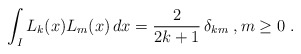
\begin{align*}\int_I L_k({x}) L_m({x}) \, d{x} = \frac2{2k+1}\, \delta_{km}\;, m \geq 0 \;.\end{align*}